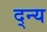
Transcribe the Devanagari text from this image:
द्न्य